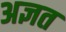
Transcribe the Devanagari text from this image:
अज्ञत